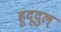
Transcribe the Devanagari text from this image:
हुदूदुल्